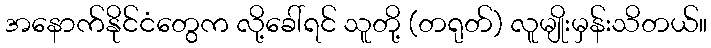
အနောက်နိုင်ငံတွေက လို့ခေါ်ရင် သူတို့ (တရုတ်) လူမျိုးမှန်းသိတယ်။